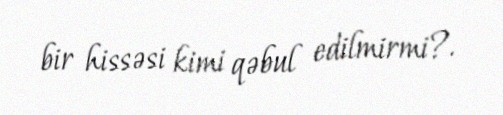
bir hissəsi kimi qəbul edilmirmi?.